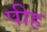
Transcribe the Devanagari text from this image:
पीह